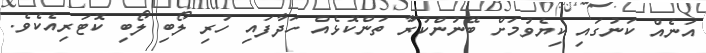
އަނެއް ކަނުގައި ކިޔެވުމަށް ބޭނުންކުރާ ތަންކޮޅެއް ހަދާފައި ހުރި ލޯބި ލޯބި ކޮޓަރިއެކެވެ.